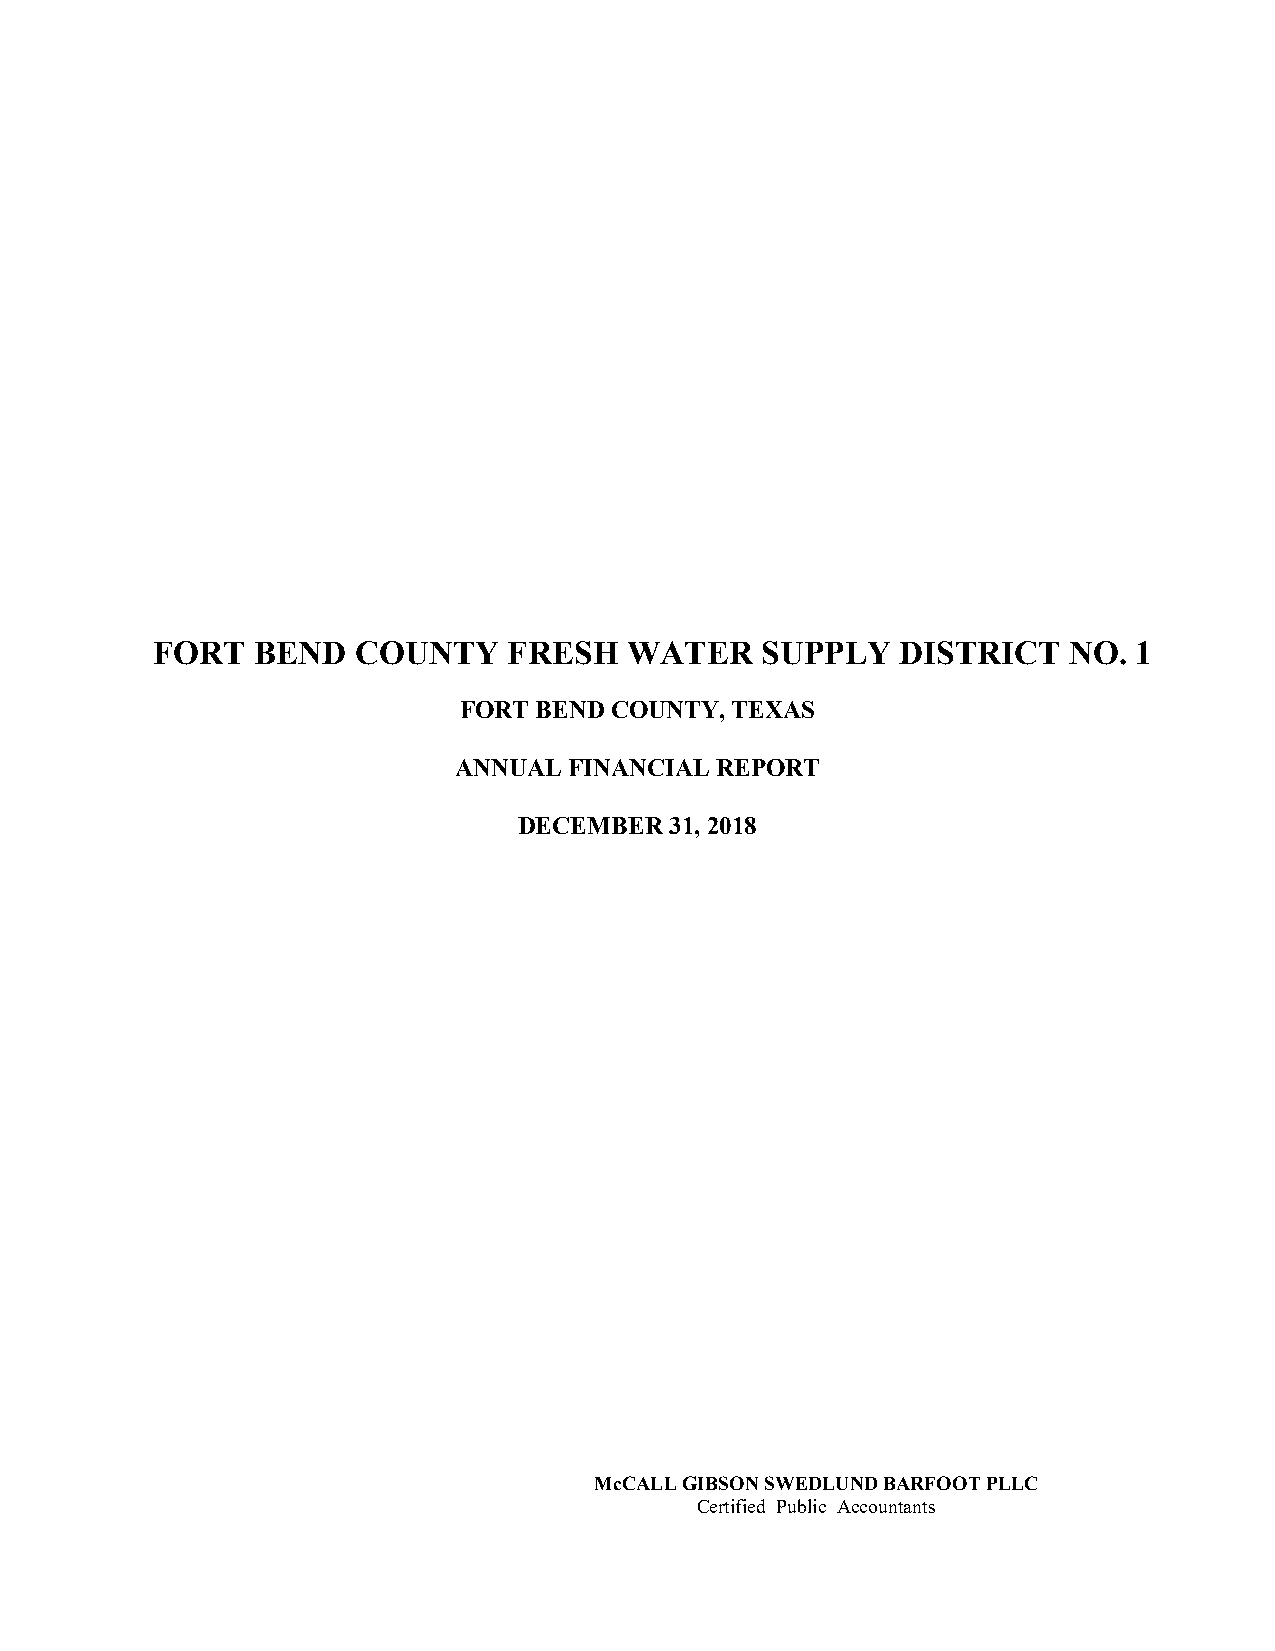
FORT   BEND  COUNTY     FRESH   WATER   SUPPLY    DISTRICT   NO. 1
 FORT BEND COUNTY, TEXAS
 ANNUAL  FINANCIAL REPORT
 DECEMBER  31, 2018
 McCALL GIBSON SWEDLUND BARFOOT PLLC
 Certified Public Accountants